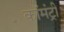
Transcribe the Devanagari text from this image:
कॉमंट्री